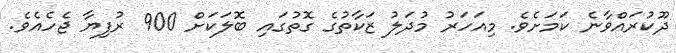
ދޫކުރައްވާނެ ކަމަށެވެ. މިއަހަރު މުދަލު ޒަކާތުގެ ގޮތުގައި ބޮލަކަށް 900 ރުފިޔާ ޖެހެއެވެ.